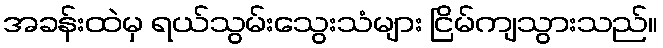
အခန်းထဲမှ ရယ်သွမ်းသွေးသံများ ငြိမ်ကျသွားသည်။